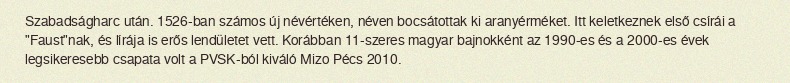
Szabadságharc után. 1526-ban számos új névértéken, néven bocsátottak ki aranyérméket. Itt keletkeznek első csírái a "Faust"nak, és lírája is erős lendületet vett. Korábban 11-szeres magyar bajnokként az 1990-es és a 2000-es évek legsikeresebb csapata volt a PVSK-ból kiváló Mizo Pécs 2010.